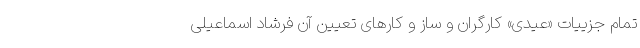
تمام جزییات «عیدی» کارگران و ساز و کارهای تعیین آن فرشاد اسماعیلی